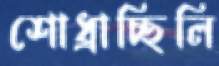
শোধ্‌রাচ্ছিলি